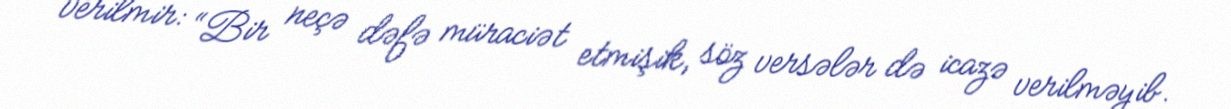
verilmir: “Bir neçə dəfə müraciət etmişik, söz versələr də icazə verilməyib.